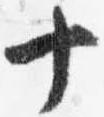
十